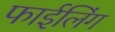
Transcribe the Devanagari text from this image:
फाईलिंग